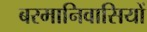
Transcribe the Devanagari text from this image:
बरमानिवासियों